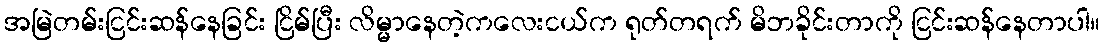
အမြဲတမ်းငြင်းဆန်နေခြင်း ငြိမ်ပြီး လိမ္မာနေတဲ့ကလေးငယ်က ရုတ်တရက် မိဘခိုင်းတာကို ငြင်းဆန်နေတာပါ။